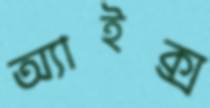
অ্যাইক্স